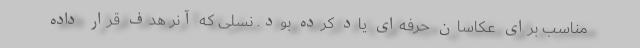
مناسب برای عکاسان حرفه‌ای یاد کرده بود. نسلی که آنر هدف قرار داده